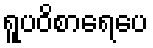
ရူပဝိစာရေပေ